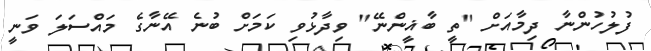
ފުލުހުންނާ ދިމާއަށް "ތީ ބާޣީންނޭ" ވިދާޅުވި ކަމަށް ބުނެ އޭނާގެ މައްސަލަ ވަނީ